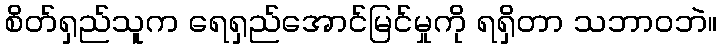
စိတ်ရှည်သူက ရေရှည်အောင်မြင်မှုကို ရရှိတာ သဘာဝဘဲ။